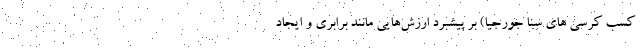
کسب کرسی های سنا جورجیا) بر پیشبرد ارزش‌هایی مانند برابری و ایجاد